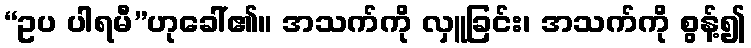
“ဥပ ပါရမီ”ဟုခေါ်၏။ အသက်ကို လှူခြင်း၊ အသက်ကို စွန့်၍